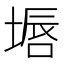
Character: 𱗜